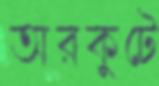
অরকুটে